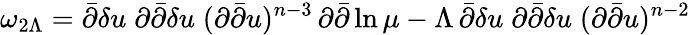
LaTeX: \omega_{2\Lambda}=\bar{\partial}\delta u\; \partial\bar{\partial}\delta u\; (\partial\bar{\partial}u)^{n-3}\, \partial\bar{\partial}\ln\mu-\Lambda\, \bar{\partial}\delta u\; \partial\bar{\partial}\delta u\; (\partial\bar{\partial}u)^{n-2}